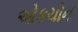
ઓકચોન